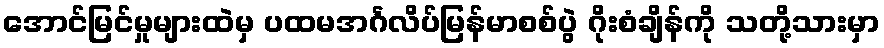
အောင်မြင်မှုများထဲမှ ပထမအင်္ဂလိပ်မြန်မာစစ်ပွဲ ဂိုးစံချိန်ကို သတို့သားမှာ